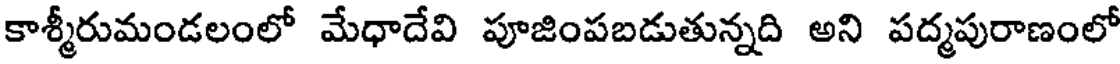
కాశ్మీరుమండలంలో మేధాదేవి పూజింపబడుతున్నది అని పద్మపురాణంలో